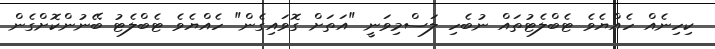
ކިހިނެއް ހެއްޔެވެ ޓެބްލެޓުތައް ނުބެހި ލަސްމިވަނީ "އަތަށް ގޮވައިގެން" ހެއްޔެވެ ޓެބްލެޓު ބޭނުންކޮށްގެން